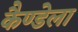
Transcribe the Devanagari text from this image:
कैण्डेला